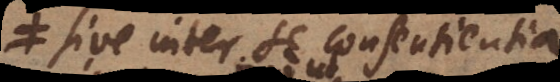
sive inter se consentientia,